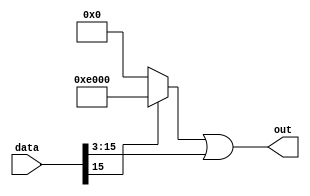
`define SIMULATION_MEMORY
//`define SIMULATION_addfp
`define VECTOR_DEPTH 64 //Q,K,V vector size
`define DATA_WIDTH 16
`define VECTOR_BITS 1024 // 16 bit each (16x64)
`define NUM_WORDS 32   //num of words in the sentence
`define BUF_AWIDTH 4 //16 entries in each buffer ram
`define BUF_LOC_SIZE 4 //4 words in each addr location
`define OUT_RAM_DEPTH 512 //512 entries in output bram
`define EXPONENT 8
`define MANTISSA 7
`define EXPONENT 5
`define MANTISSA 10
`define SIGN 1
`define DWIDTH (`SIGN+`EXPONENT+`MANTISSA)
`define DEFINES_DONE
`define DATAWIDTH (`SIGN+`EXPONENT+`MANTISSA)
`define IEEE_COMPLIANCE 1
`define NUM 4
`define ADDRSIZE 4

module divideby8
(
  input [`DATA_WIDTH-1:0] data,
  output reg [`DATA_WIDTH-1:0] out
 );

 reg [`DATA_WIDTH-1:0] mask; 

 always@(*) begin
	 if (data[`DATA_WIDTH-1] == 1) 
		mask = 16'b1110000000000000;
	 else
		mask = 0;
	
	 out = mask|(data>>3);
  end
 
endmodule